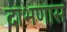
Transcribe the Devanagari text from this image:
दाभणास